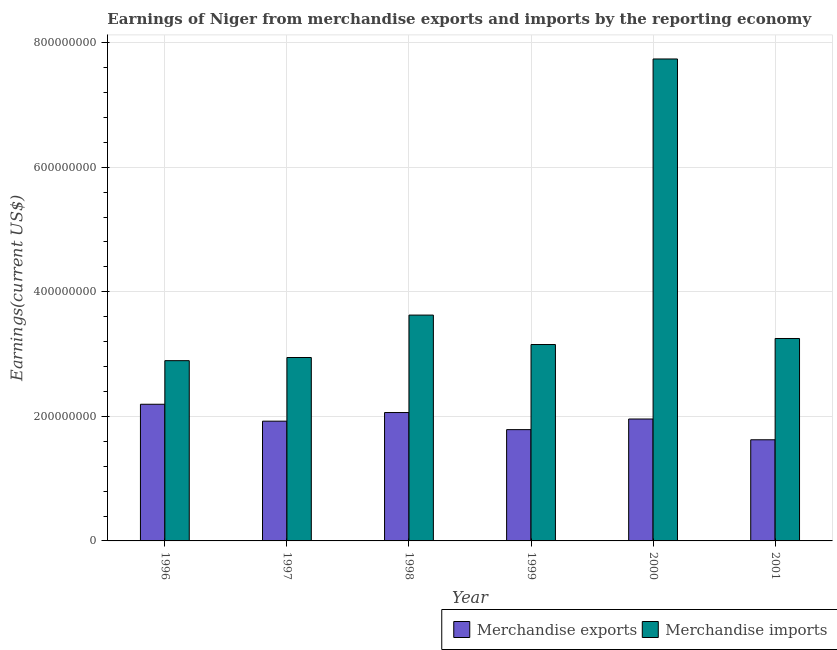
| Year | Merchandise exports | Merchandise imports |
 | --- | --- | --- |
 | 1996 | 2.19e+08 | 2.89e+08 |
 | 1997 | 1.92e+08 | 2.94e+08 |
 | 1998 | 2.06e+08 | 3.63e+08 |
 | 1999 | 1.79e+08 | 3.15e+08 |
 | 2000 | 1.96e+08 | 7.74e+08 |
 | 2001 | 1.62e+08 | 3.25e+08 |